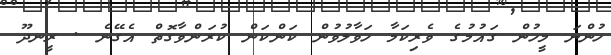
ހުންނަ މީހުން ގައުމުގެ ވެރިކަމާ ހަވާލުވުން ކަންކަން ކުރަންވާގޮތް އެގޭނެ . ރީނދޫ